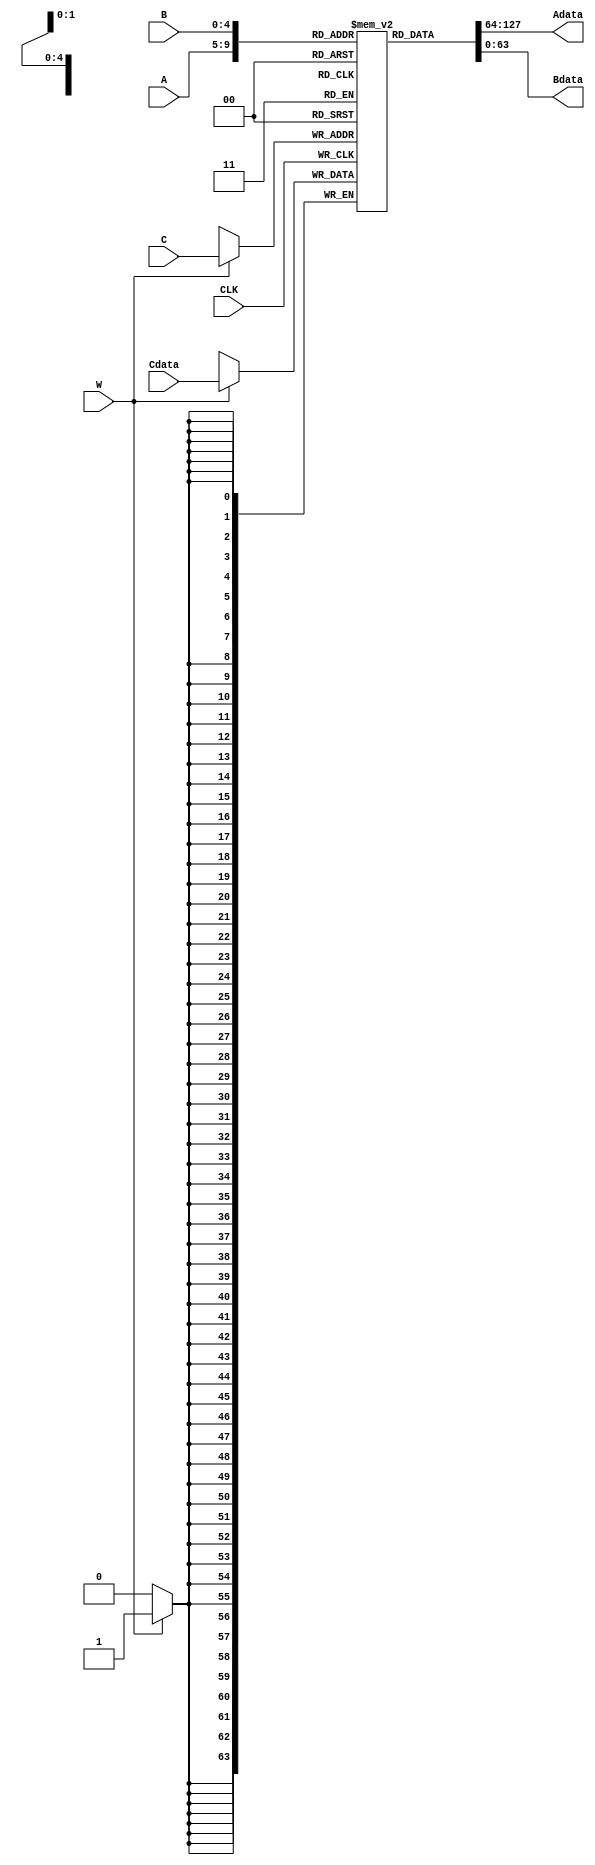
module RegisterBank(A,B,C,Adata,Bdata,Cdata,W,CLK);

input [4:0]A;
input [4:0]B;
input [4:0]C;
input [63:0]Cdata;
input W;
input CLK;

parameter delay = 10;

output  [63:0]Adata;
output  [63:0]Bdata;

reg [63:0] registersTable [31:0];

assign  Adata = registersTable[A];
assign  Bdata = registersTable[B];


always@(posedge CLK)
  begin
  if(W)
    begin
    #delay registersTable[C] = Cdata;
    end
  end

endmodule